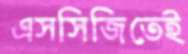
এসসিজিতেই